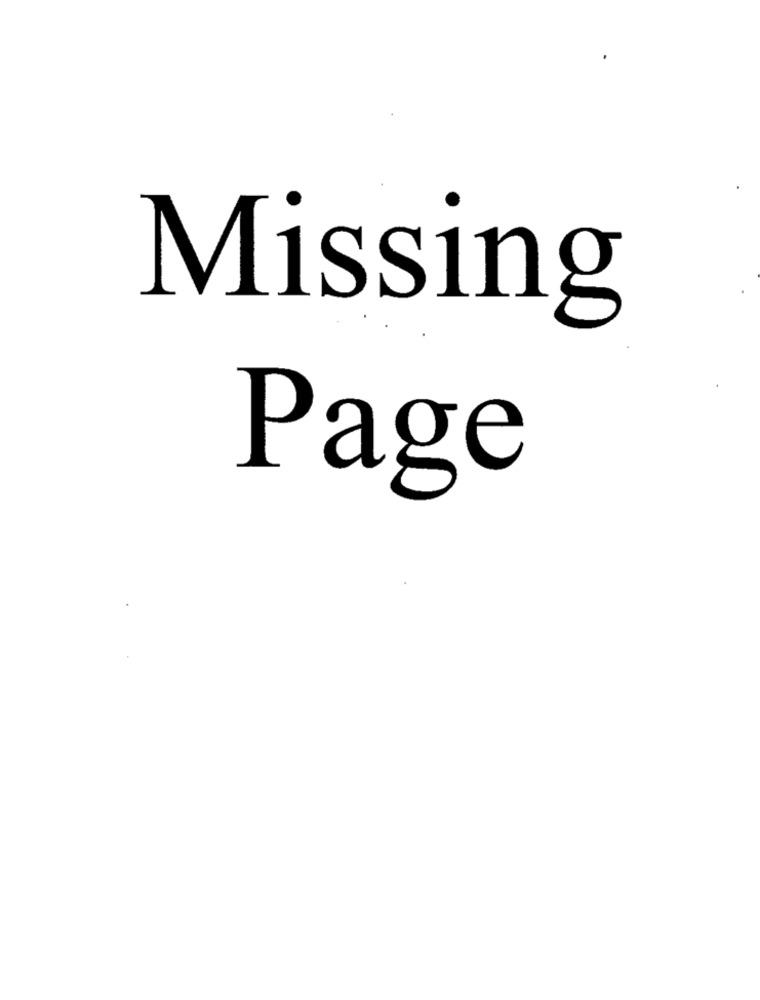
Missing
Page